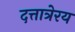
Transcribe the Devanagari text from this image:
दत्तात्रेरय